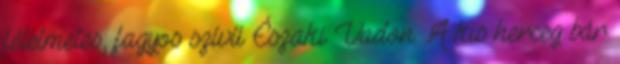
félelmetes, fagyos szívű Északi Vadon. A kis herceg bár